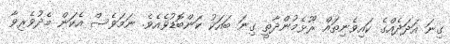
ގިނަ އަދަދެއްގެ ކައިވެނިތައް ރޫޅެމުންދާތީ ގިނަ ބައަކު ކަންބޮޑުވެއެވެ. ނަމަވެސް އެކަން މެދުވެރިވާ